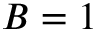
B = 1